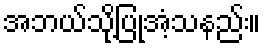
အဘယ်သို့ပြုအံ့သနည်း။